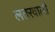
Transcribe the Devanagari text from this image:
लतरवाली